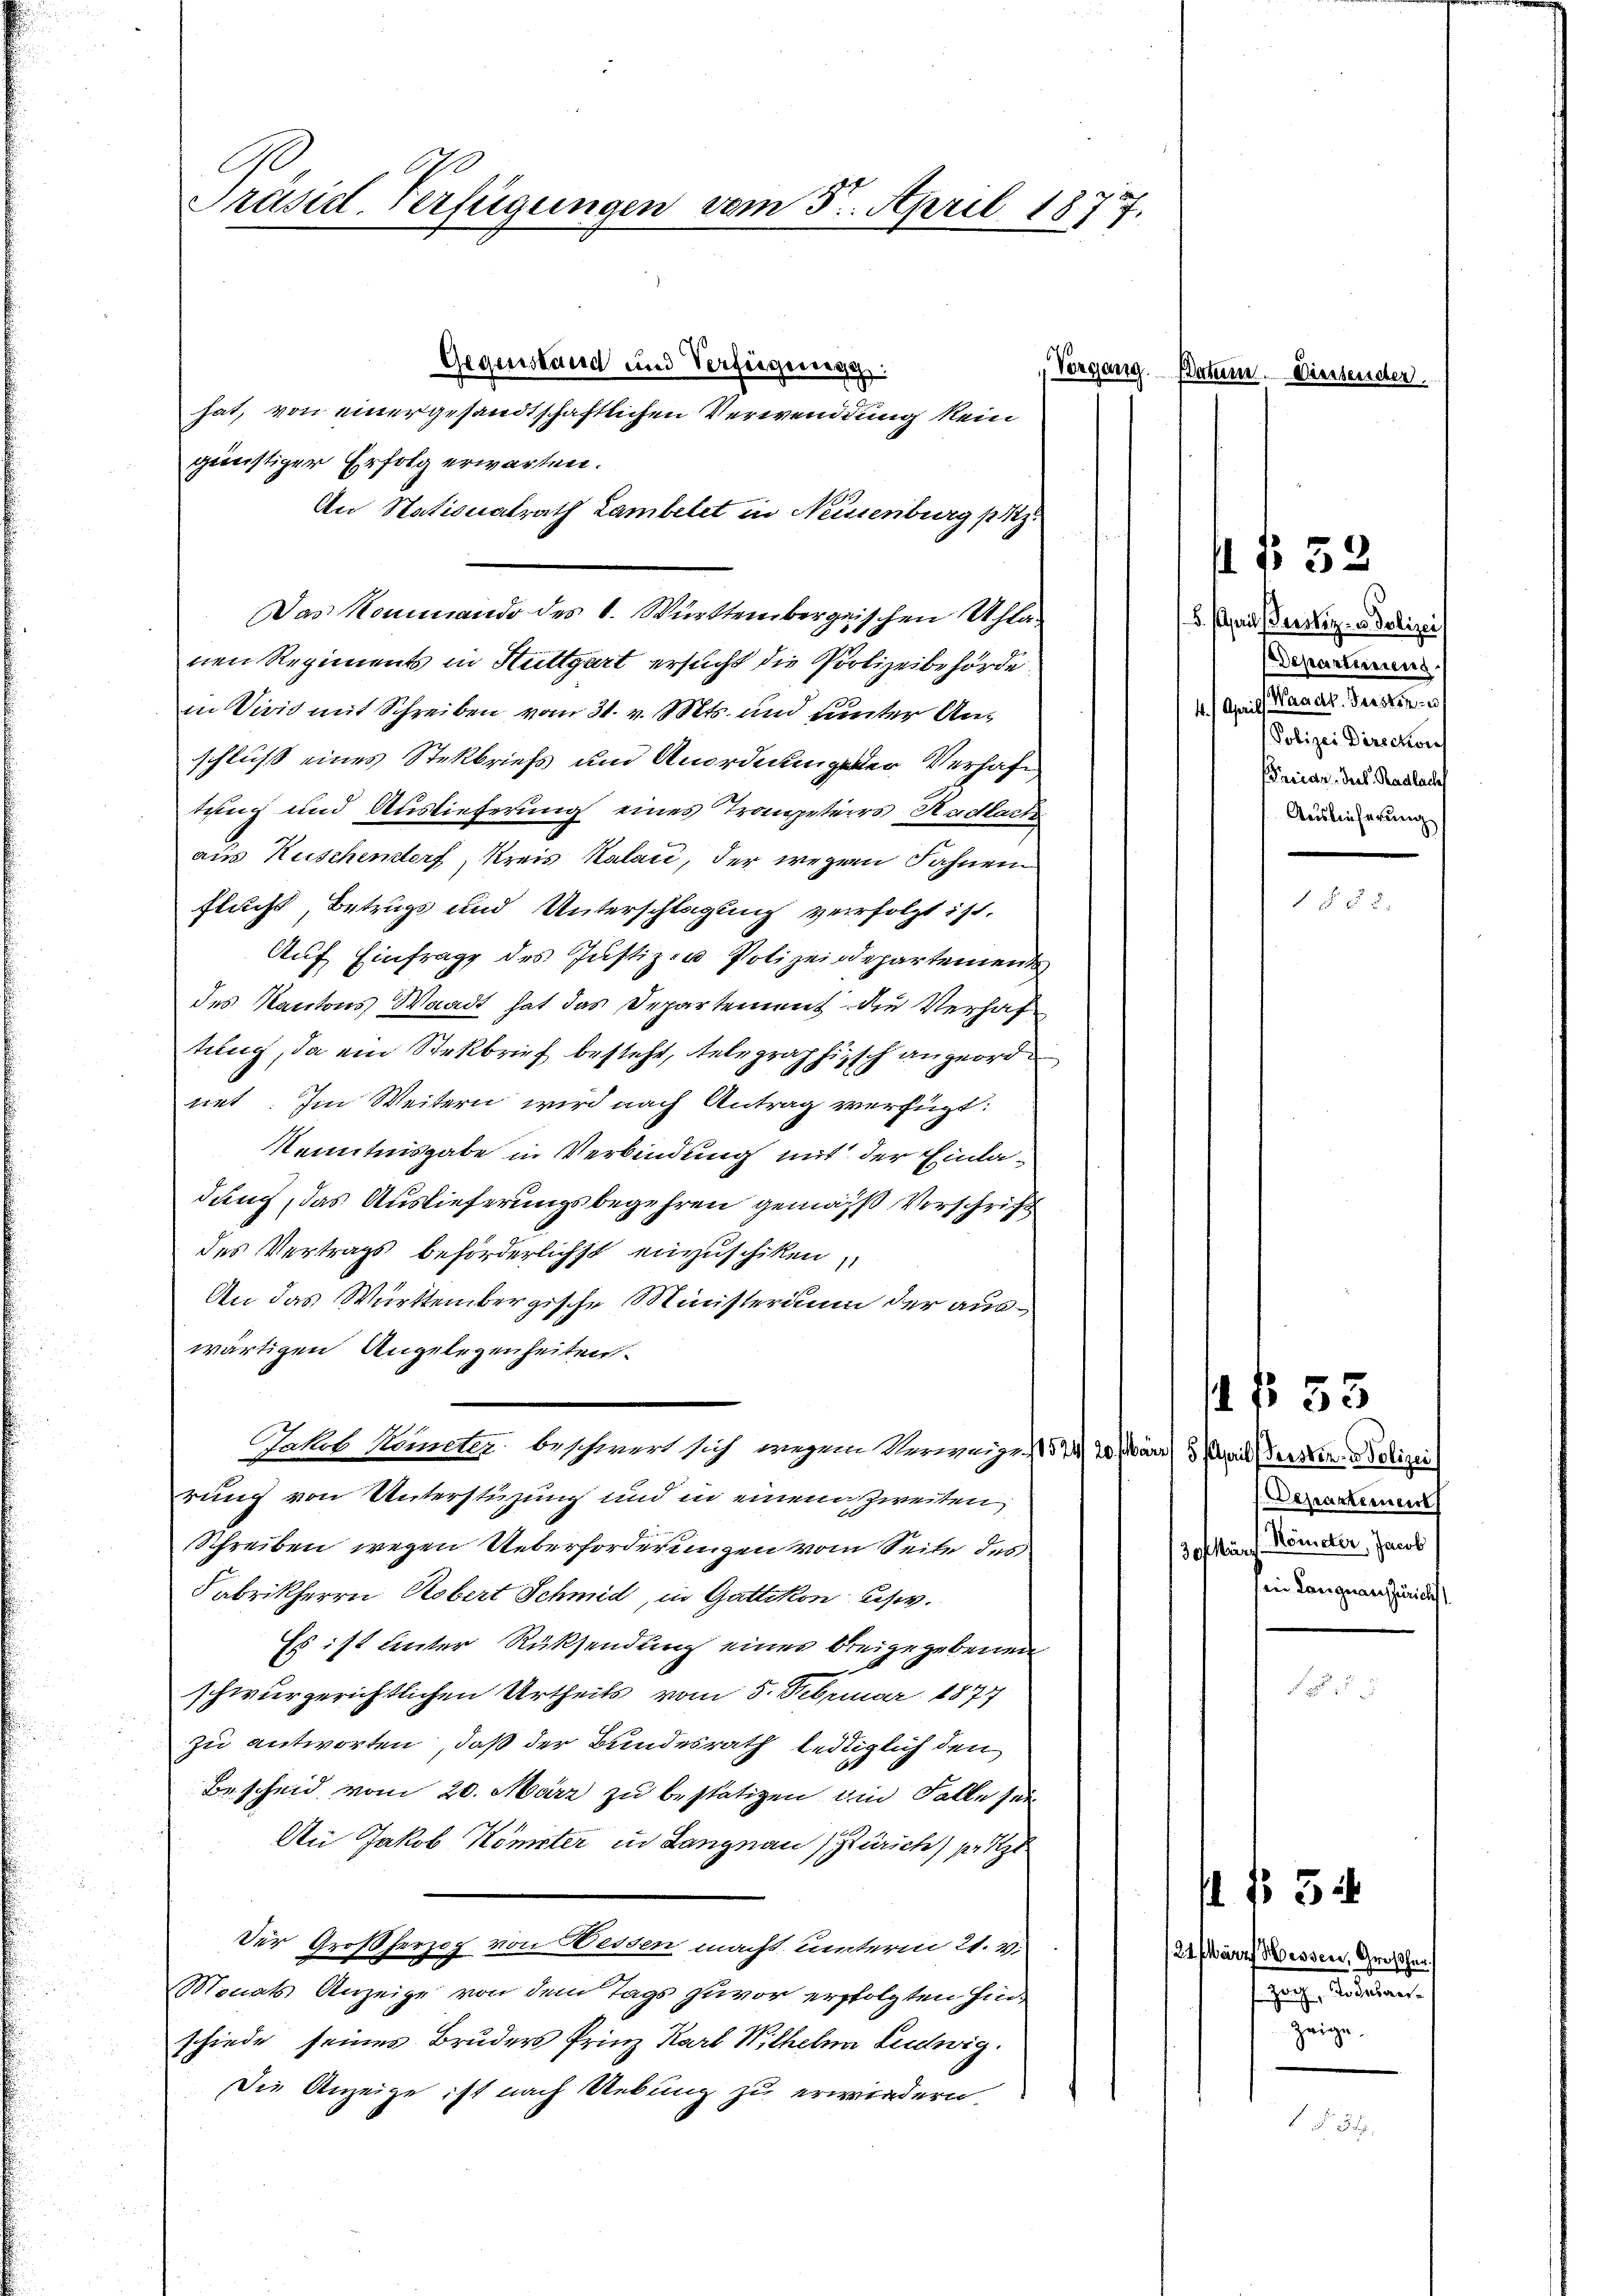
Ge
Präsid. Verfügungen vom 3. April 1877.

Gegenstand und Verfügenegg
hat, von einer gesandtschaftlichen Verwendung kein
günstiger Erfolg erwarten.
An Stationalrath Lambelet in Neissenburg p z.
Das Kommando des C. Württembergischen Uhla
nen Regiments in Stuttgart ersucht die Polizeibehörde.
in Vivis mit Schreiben vom 31. v. Mts. und unter Anschluß eines Stekbriefs und Anordnung der Verhafe
tung und Auslieferung eines Trompeters Stadlacte
aus Kuschenstorf, Kreis Kalai, der wegen Fahnen
flucht, Betrugs und Unterschlagung verfolgt ist.
Auf Einfrage des Justizen Polizeisdepartement
des Kantons Waadt hat das Departement die Verhaftilug, da ein Stekbrief besteht, telegraphisch angeordn
net. Im Weitern wird nach Antrag verfügt:
Kenntnisgabe in Verbindung mit der Einladung, das Auslieferungsbegehren gemäß Vorschrift
des Vertrags beförderlichst einzuschiken,
An das Württembergische Ministerium der auswärtigen Angelegenheiten.
Jakob Kometer beschwert sich wegen Verweige, 1544, 20. März 3. Keil derstine Polizei
rung von Unterstüzung und in einem Zweiten
Schreiben wegen Ueberforderungen vom Seite des
Fabrikherrn Robert Schmid, in Gattikon, les v.
Es ist unter Rücksendung einer beigegebenen
schwurgerichtlichen Urtheils vom 5. Februar 1874
zu antworten, daß der Bundesrath lediglich den
Bescheid vom 20. März zu bestätigen die Falle sei
An Jakob Kömpter in Langnau, Zürich se
Der Großherzog von Wessen macht unterm 21. v.
Monats Anzeige von dem Tags zuvor erfolgten Hin-
schiede seines Bruders Frinz Karl Wilhelm Ludwig.
Die Anzeige ist nach Uebung zu erwindern.

Vorgang

24.

Patum. Diessender.

5. seil (Gerstiz- u. Polizei
Departinen
1. April ander Gener
Polizei Direction
Friedr. Prof. Radlach
Auslieferung

f. § 33

§ 58

§ 53

.Departement
ofinf Kometer, Haus
in Langnau Zürichst

f No 34

Marrf Messen, Großhertezeigen Seiten.
zeige.